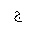
Letter: _gim